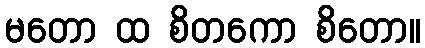
မတော ထ စိတကော စိတော။